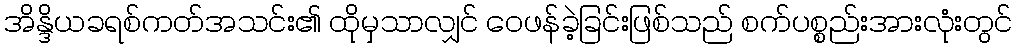
အိန္ဒိယခရစ်ကတ်အသင်း၏ ထိုမှသာလျှင် ဝေဖန်ခဲ့ခြင်းဖြစ်သည် စက်ပစ္စည်းအားလုံးတွင်